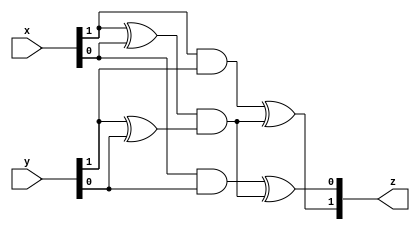
// Straight translation of Canright's S-box in verilog (no inverse).

// multiplication in GF(2^2) using normal basis (Omega^2, Omega)
module G4_mul(input wire [1:0] x, input wire [1:0] y, output wire [1:0] z);
    wire a, b, c, d, e;
    assign a = x[1];
    assign b = x[0];
    assign c = y[1];
    assign d = y[0];
    assign e = (a ^ b) & (c ^ d);
    assign z[1] = (a & c) ^ e;
    assign z[0] = (b & d) ^ e;
endmodule

// scaling by N = Omega^2 in GF(2^2) using normal basis (Omega^2, Omega)
module G4_scl_N(input wire [1:0] x, output wire [1:0] z);
    wire a, b;
    assign a = x[1];
    assign b = x[0];
    assign z[1] =  b;
    assign z[0] = a ^ b;
endmodule

// scaling by N^2 = Omega in GF(2^2) using normal basis (Omega^2, Omega)
module G4_scl_N2(input wire [1:0] x, output wire [1:0] z);
    wire a, b;
    assign a = x[1];
    assign b = x[0];
    assign z[1] = a ^ b;
    assign z[0] = a;
endmodule

// squaring in GF(2^2), using normal basis (Omega^2, Omega)
// NOTE: inverse is identical
module G4_sq(input wire [1:0] x, output wire [1:0] z);
    wire a, b;
    assign a = x[1];
    assign b = x[0];
    assign z[1] = b;
    assign z[0] = a;
endmodule

// multiplication in GF(2^4) using normal basis (alpha^8, alpha^2)
module G16_mul(input wire [3:0] x, input wire [3:0] y, output wire [3:0] z);
    wire [1:0] a, b, c, d, e, e_scl, p, q;
    assign a = x[3:2];
    assign b = x[1:0];
    assign c = y[3:2];
    assign d = y[1:0];
    G4_mul mul1(.x(a ^ b), .y(c ^ d), .z(e));
    G4_scl_N scl_N(.x(e), .z(e_scl));
    G4_mul mul2(.x(a), .y(c), .z(p));
    G4_mul mul3(.x(b), .y(d), .z(q));
    assign z[3:2] = p ^ e_scl;
    assign z[1:0] = q ^ e_scl;
endmodule

// square & scale by nu in GF(2^4)/Gf(2^2), normal basis (alpha^8, alpha^2)
module G16_sq_scl(input wire [3:0] x, output wire [3:0] z);
    wire [1:0] a, b, p, q, q2;
    assign a = x[3:2];
    assign b = x[1:0];
    G4_sq sq1(.x(a ^ b), .z(p));
    G4_sq sq2(.x(b), .z(q));
    G4_scl_N2 scl_N2(.x(q), .z(q2));
    assign z[3:2] = p;
    assign z[1:0] = q2;
endmodule

// inverse in GF(2^4) using normal basis (alpha^8, alpha^2)
module G16_inv(input wire [3:0] x, output wire [3:0] z);
    wire [1:0] a, b, c, c2, d, e, p, q;
    assign a = x[3:2];
    assign b = x[1:0];
    G4_sq sq(.x(a ^ b), .z(c));
    G4_scl_N scl_N(.x(c), .z(c2));
    G4_mul mul1(.x(a), .y(b), .z(d));
    G4_sq inv(.x(c2 ^ d), .z(e)); // inverse, but same as square
    G4_mul mul2(.x(e), .y(b), .z(p));
    G4_mul mul3(.x(e), .y(a), .z(q));
    assign z[3:2] = p;
    assign z[1:0] = q;
endmodule

// inverse in GF(2^8) using normal basis (d^16, d)
module G256_inv(input wire [7:0] x, output wire [7:0] z);
    wire [3:0] a, b, c, d, e, p, q;
    assign a = x[7:4];
    assign b = x[3:0];
    G16_sq_scl sq_scl(.x(a ^ b), .z(c));
    G16_mul mul1(.x(a), .y(b), .z(d));
    G16_inv inv(.x(c ^ d), .z(e));
    G16_mul mul2(.x(e), .y(b), .z(p));
    G16_mul mul3(.x(e), .y(a), .z(q));
    assign z[7:4] = p;
    assign z[3:0] = q;
endmodule

// convert to new basis in GF(2^8), A2X (polynomial to normal)
module G256_newbasis_A2X(input wire [7:0] x, output wire [7:0] z);
    assign z = 
        ({8{x[0]}} & 8'hFF)
        ^ ({8{x[1]}} & 8'hA9)
        ^ ({8{x[2]}} & 8'h81)
        ^ ({8{x[3]}} & 8'h09)
        ^ ({8{x[4]}} & 8'h48)
        ^ ({8{x[5]}} & 8'hF2)
        ^ ({8{x[6]}} & 8'hF3)
        ^ ({8{x[7]}} & 8'h98)
        ;
endmodule

// convert to new basis in GF(2^8) X2S (normal to polynomial with permutation)
module G256_newbasis_X2S(input wire [7:0] x, output wire [7:0] z);
    assign z = 
        ({8{x[0]}} & 8'h24)
        ^ ({8{x[1]}} & 8'h03)
        ^ ({8{x[2]}} & 8'h04)
        ^ ({8{x[3]}} & 8'hDC)
        ^ ({8{x[4]}} & 8'h0B)
        ^ ({8{x[5]}} & 8'h9E)
        ^ ({8{x[6]}} & 8'h2D)
        ^ ({8{x[7]}} & 8'h58)
        ;
endmodule

// AES S-box
module Sbox(input wire [7:0] i, output wire [7:0] o);
    wire [7:0] t, u, v;
    G256_newbasis_A2X a2x(.x(i), .z(t));
    G256_inv inv(.x(t), .z(u));
    G256_newbasis_X2S x2s(.x(u), .z(v));
    assign o = v ^ 8'h63;
endmodule

/*
`timescale 1ns/1ps

module top();
    reg [7:0] x;
    wire [7:0] z;
    Sbox sbox(.i(x), .o(z));
    integer i, j;
    initial begin
        $dumpfile("canright_sbox.vcd");
        $dumpvars(0, top);
        $write("char S[256] = {\n");
        for (i=0; i<16; i=i+1) begin
            for (j=0; j<16; j=j+1) begin
                x = 16*i+j;
                #1;
                $write("%3d, ", z);
            end
            $write("\n");
        end
        $write("};\n\n");
    end
endmodule
*/